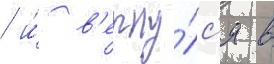
/ и́ в'ерну́лс'я в